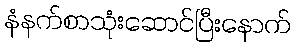
နံနက်စာသုံးဆောင်ပြီးနောက်